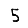
Digit: 5